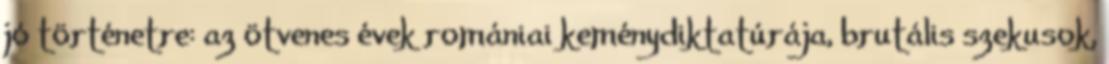
jó történetre: az ötvenes évek romániai keménydiktatúrája, brutális szekusok,